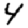
Digit: 4